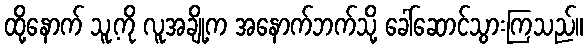
ထို့နောက် သူ့ကို လူအချို့က အနောက်ဘက်သို့ ခေါ်ဆောင်သွားကြသည်။